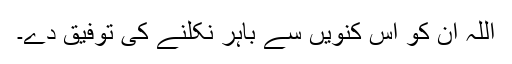
اللہ ان کو اس کنویں سے باہر نکلنے کی توفیق دے۔